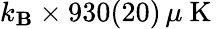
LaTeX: k_{\mathbf{B}}\times930(20)\, \mu\mathrm{{~K~}}